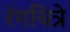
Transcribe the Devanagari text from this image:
रंगचित्रे